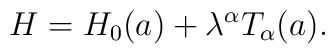
H=H_{0}(a)+\lambda^{\alpha}T_{\alpha}(a).